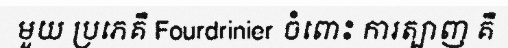
មួយ ប្រភេគឺ Fourdrinier ចំពោះ ការត្បាញ គឺ